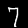
Digit: 7